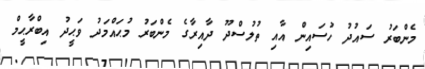
މެންބަރު ސައުދު ހުސައިން އާއި ތުލުސްދޫ ދާއިރާގެ މެންބަރު މުޙައްމަދު ވަޙީދު އިބްރާޙީމް